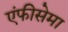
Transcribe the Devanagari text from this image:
एंफीसेमा